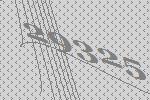
29325